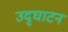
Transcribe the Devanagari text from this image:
उदृघाटन